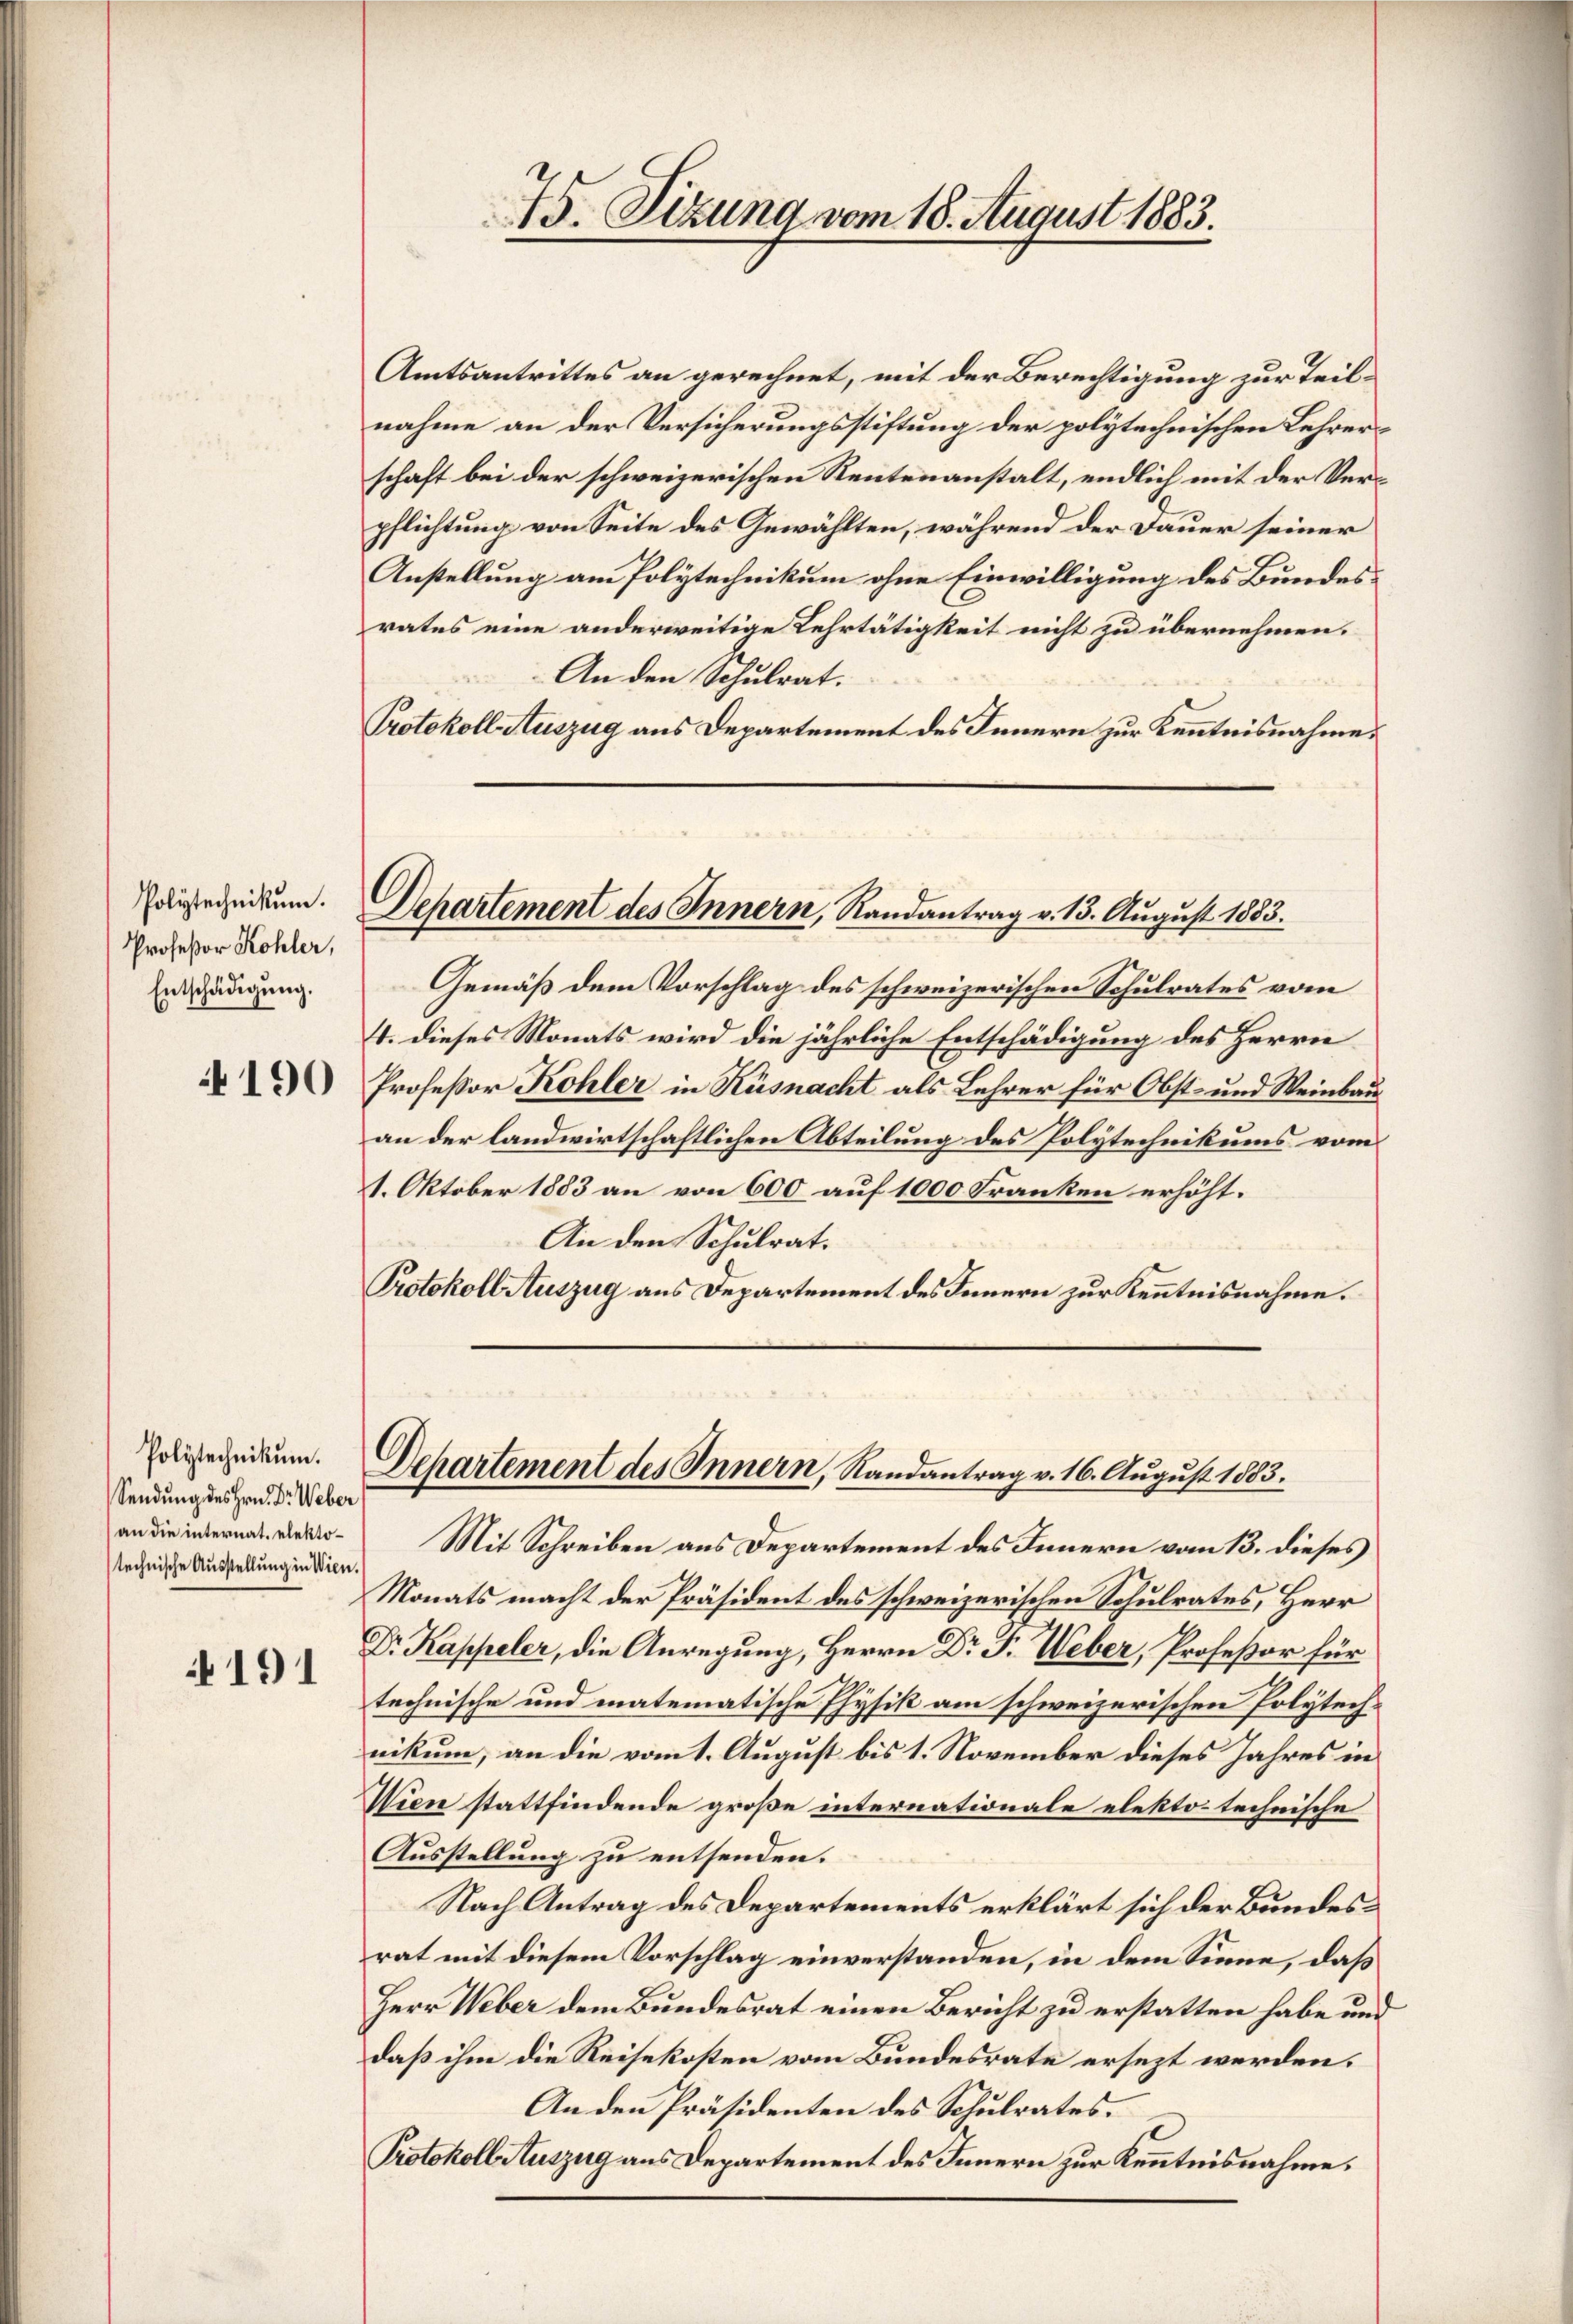
Polytechnikum.
Profeßor Kohler,
Entschädigŭng.
190

191

Polytechnikum.
Sendung des Hrn. Dr Weber
an die internat. elektotechnische Ausstellung in Wien.

Amtsantrittes an gerechnet, mit der Berechtigung zur Teilnahme an der Versicherungsstiftung der polytechnischen Lehrerschaft bei der schweizerischen Rentenanstalt, endlich mit der Verpflichtung von Seite des Gewählten, während der Dauer seiner
Anstellung am Polytechnikum ohne Einwilligung des Bundes-
rates eine anderweitige Lehrtätigkeit nicht zu übernehmen.
An den Schulrat.
Protokoll Auszug aus Departement des Innern zur Kenntnisnahme.

75. Sizung vom 18. August 1883.

Departement des Innern, Randantrag v. 13. August 1883.

Gemäß dem Vorschlag des schweizerischen Schulrates vom
4. dieses Monats wird die jährliche Entschädigung des Herrn
Professor Kohler in Küsnacht als Lehrer für Obst- und Weinbau
an der landwirtschaftlichen Abteilung des Polytechnikums vom
1. Oktober 1883 an von 600 auf 1000 Franken erhöht.
An den Schulrat.
Protokoll Auszug aus Departement des Innern zur Kenntnisnahme.

Departement des Innern, Randantrag v. 16. August 1883.

Mit Schreiben aus Departement des Innern vom 13. dieses
Monats macht der Präsident des schweizerischen Schulrates, Herr
Dr. Kappeler, die Anregung, Herrn Dr J. Weber, Professor für
technische und matematische Physik am schweizerischen Polytech-
nikum, an die vom 1. August bis 1. November dieses Jahres in
Wien stattfindende große internationale elektor technische
Ausstellung zu entsenden.
Nach Antrag des Departements erklärt sich der Bundesrat mit diesem Vorschlag einverstanden, in dem Sinne, daß
Herr Weber dem Bundesrat einen Bericht zu erstatten habe und
daß ihm die Reisekosten vom Bundesrate ersezt werden.
An den Präsidenten des Schulrates.
Protokoll Auszug aus Departement des Innern zur Kenntnisnahme.